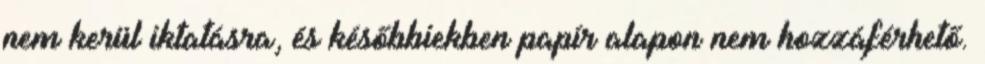
nem kerül iktatásra, és későbbiekben papír alapon nem hozzáférhető.